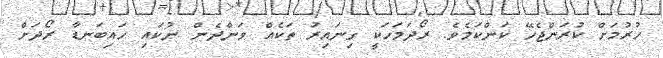
ހުރުމަށް ކުރަންޖެހޭ ކަންކަމެވެ. ރޯދަމަހަކީ ގިނައިރު ތަކެއް ވަންދެން ނުކައި ހައިބަނޑާ ރޯދަށް